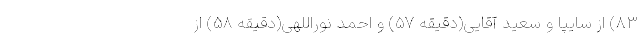
۸۳) از سایپا و سعید آقایی(دقیقه ۵۷) و احمد نوراللهی(دقیقه ۵۸) از